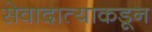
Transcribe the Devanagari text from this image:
सेवादात्याकडून